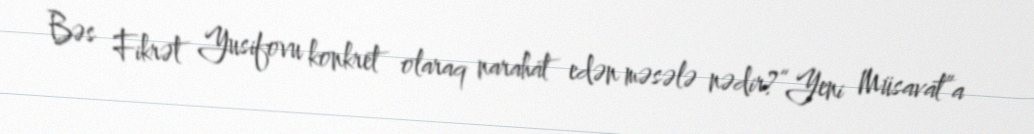
Bəs Fikrət Yusifovu konkret olaraq narahat edən məsələ nədir?“Yeni Müsavat”a